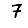
Digit: 7